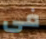
فى